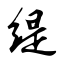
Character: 缇